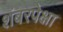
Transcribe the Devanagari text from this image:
शंबरपेक्षा